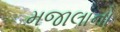
મજાલાનો